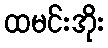
ထမင်းအိုး